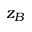
z _ { B }